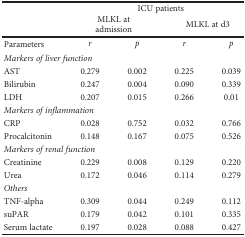
<table><thead><tr><td rowspan="2"></td><td colspan="4"><b>ICU patients</b></td></tr><tr><td colspan="2"><b>MLKL at admission</b></td><td colspan="2"><b>MLKL at d3</b></td></tr></thead><tbody><tr><td>Parameters</td><td><i>r</i></td><td><i>p</i></td><td><i>r</i></td><td><i>p</i></td></tr><tr><td colspan="5"><i>Markers of liver function</i></td></tr><tr><td>AST</td><td>0.279</td><td>0.002</td><td>0.225</td><td>0.039</td></tr><tr><td>Bilirubin</td><td>0.247</td><td>0.004</td><td>0.090</td><td>0.339</td></tr><tr><td>LDH</td><td>0.207</td><td>0.015</td><td>0.266</td><td>0.01</td></tr><tr><td colspan="5"><i>Markers of inflammation</i></td></tr><tr><td>CRP</td><td>0.028</td><td>0.752</td><td>0.032</td><td>0.766</td></tr><tr><td>Procalcitonin</td><td>0.148</td><td>0.167</td><td>0.075</td><td>0.526</td></tr><tr><td colspan="5"><i>Markers of renal function</i></td></tr><tr><td>Creatinine</td><td>0.229</td><td>0.008</td><td>0.129</td><td>0.220</td></tr><tr><td>Urea</td><td>0.172</td><td>0.046</td><td>0.114</td><td>0.279</td></tr><tr><td colspan="5"><i>Others</i></td></tr><tr><td>TNF-alpha</td><td>0.309</td><td>0.044</td><td>0.249</td><td>0.112</td></tr><tr><td>suPAR</td><td>0.179</td><td>0.042</td><td>0.101</td><td>0.335</td></tr><tr><td>Serum lactate</td><td>0.197</td><td>0.028</td><td>0.088</td><td>0.427</td></tr></tbody></table>